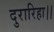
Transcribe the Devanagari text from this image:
दुरारिहा।।